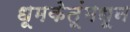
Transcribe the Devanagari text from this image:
धूमकेतूंमधून